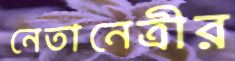
নেতানেত্রীর